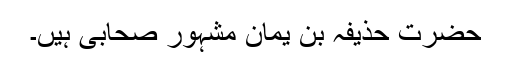
حضرت حذیفہ بن یمانؓ مشہور صحابی ہیں۔